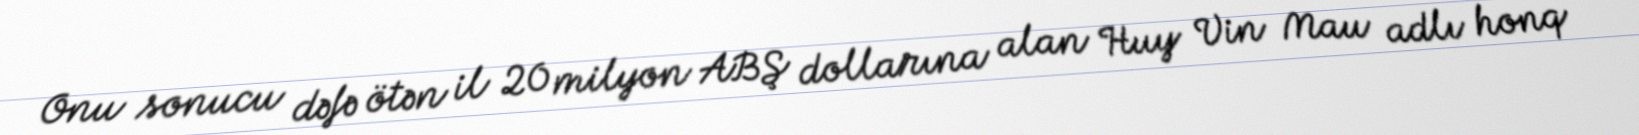
Onu sonucu dəfə ötən il 20 milyon ABŞ dollarına alan Huy Vin Mau adlı honq